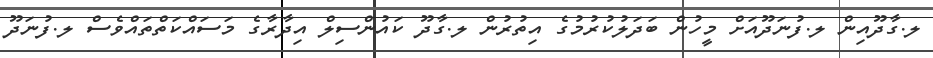
ލ.ގާދޫއިން ލ.ފުނަދޫއަށް މީހުން ބަދަލުކުރުމުގެ އިތުރުން ލ.ގާދޫ ކައުންސިލް އިދާރާގެ މަސައްކަތްތައްވެސް ލ.ފުނަދޫ